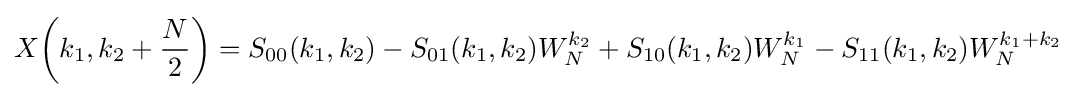
X{\biggl (}k_{1},k_{2}+{\frac {N}{2}}{\biggr )}=S_{00}(k_{1},k_{2})-S_{01}(k_{1},k_{2})W_{N}^{k_{2}}+S_{10}(k_{1},k_{2})W_{N}^{k_{1}}-S_{11}(k_{1},k_{2})W_{N}^{k_{1}+k_{2}}